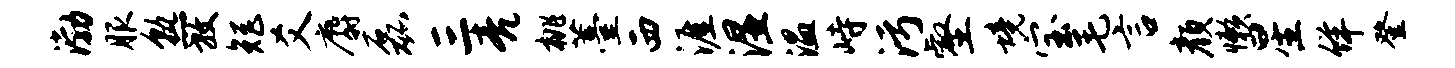
渤服熟放矩爻麝磊三亮桃薹西涯湿温峙污壑境宝毛言颜懒星佯登